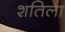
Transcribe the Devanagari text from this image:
शतिला